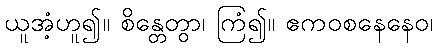
ယူအံ့ဟူ၍။ စိန္တေတွာ၊ ကြံ၍။ ဧကဝစနေနေဝ၊